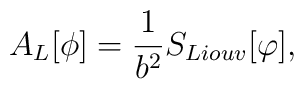
A_L[\phi] = {1\over b^2} S_{Liouv}[\varphi],